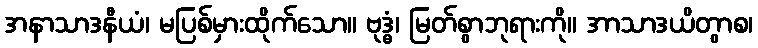
အနာသာဒနီယံ၊ မပြစ်မှားထိုက်သော။ ဗုဒ္ဓံ၊ မြတ်စွာဘုရားကို။ အာသာဒယိတွာစ၊